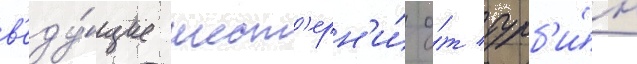
в'еду́щие шест'ерн'и́ о́т турб'и́н